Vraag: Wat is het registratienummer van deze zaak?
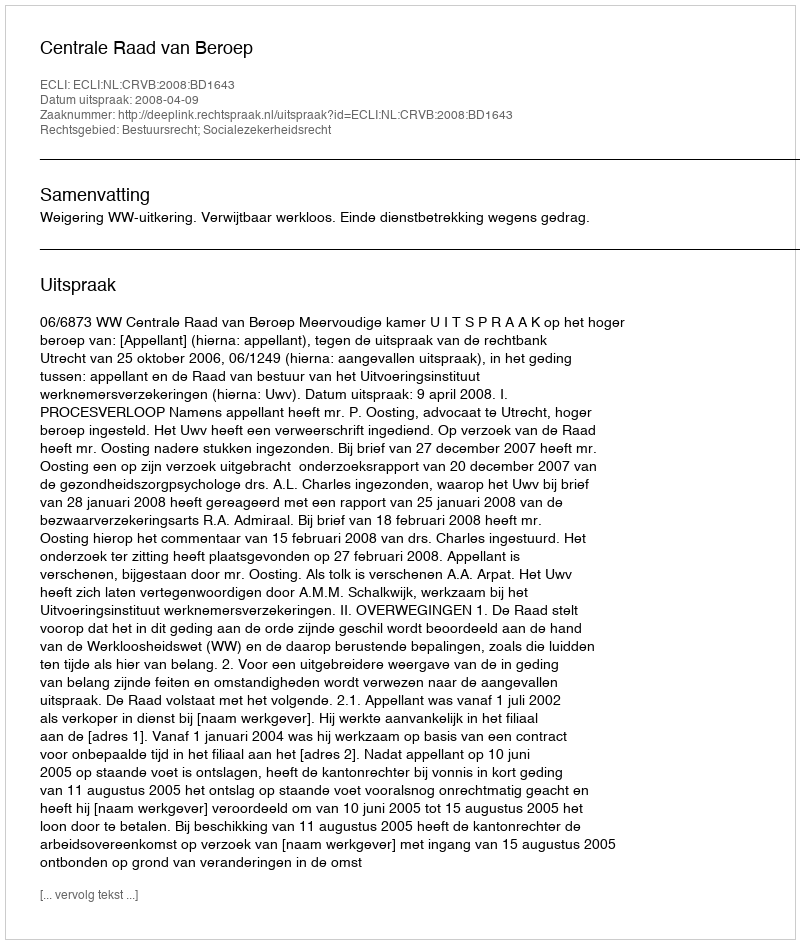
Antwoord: http://deeplink.rechtspraak.nl/uitspraak?id=ECLI:NL:CRVB:2008:BD1643